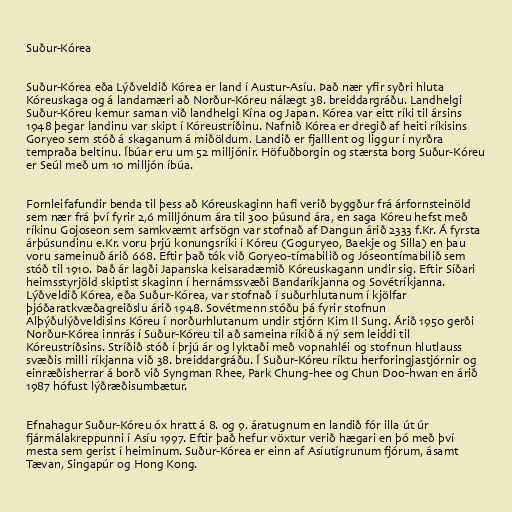
Suður-Kórea

Suður-Kórea eða Lýðveldið Kórea er land í Austur-Asíu. Það nær yfir syðri hluta
Kóreuskaga og á landamæri að Norður-Kóreu nálægt 38. breiddargráðu. Landhelgi
Suður-Kóreu kemur saman við landhelgi Kína og Japan. Kórea var eitt ríki til ársins
1948 þegar landinu var skipt í Kóreustríðinu. Nafnið Kórea er dregið af heiti ríkisins
Goryeo sem stóð á skaganum á miðöldum. Landið er fjalllent og liggur í nyrðra
tempraða beltinu. Íbúar eru um 52 milljónir. Höfuðborgin og stærsta borg Suður-Kóreu
er Seúl með um 10 milljón íbúa.

Fornleifafundir benda til þess að Kóreuskaginn hafi verið byggður frá árfornsteinöld
sem nær frá því fyrir 2,6 milljónum ára til 300 þúsund ára, en saga Kóreu hefst með
ríkinu Gojoseon sem samkvæmt arfsögn var stofnað af Dangun árið 2333 f.Kr. Á fyrsta
árþúsundinu e.Kr. voru þrjú konungsríki í Kóreu (Goguryeo, Baekje og Silla) en þau
voru sameinuð árið 668. Eftir það tók við Goryeo-tímabilið og Jóseontímabilið sem
stóð til 1910. Það ár lagði Japanska keisaradæmið Kóreuskagann undir sig. Eftir Síðari
heimsstyrjöld skiptist skaginn í hernámssvæði Bandaríkjanna og Sovétríkjanna.
Lýðveldið Kórea, eða Suður-Kórea, var stofnað í suðurhlutanum í kjölfar
þjóðaratkvæðagreiðslu árið 1948. Sovétmenn stóðu þá fyrir stofnun
Alþýðulýðveldisins Kóreu í norðurhlutanum undir stjórn Kim Il Sung. Árið 1950 gerði
Norður-Kórea innrás í Suður-Kóreu til að sameina ríkið á ný sem leiddi til
Kóreustríðsins. Stríðið stóð í þrjú ár og lyktaði með vopnahléi og stofnun hlutlauss
svæðis milli ríkjanna við 38. breiddargráðu. Í Suður-Kóreu ríktu herforingjastjórnir og
einræðisherrar á borð við Syngman Rhee, Park Chung-hee og Chun Doo-hwan en árið
1987 hófust lýðræðisumbætur.

Efnahagur Suður-Kóreu óx hratt á 8. og 9. áratugnum en landið fór illa út úr
fjármálakreppunni í Asíu 1997. Eftir það hefur vöxtur verið hægari en þó með því
mesta sem gerist í heiminum. Suður-Kórea er einn af Asíutígrunum fjórum, ásamt
Tævan, Singapúr og Hong Kong.